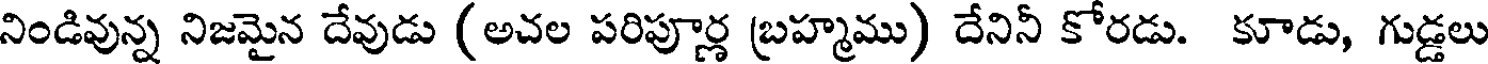
నిండివున్న నిజమైన దేవుడు (అచల పరిపూర్ణ బ్రహ్మము) దేనినీ కోరడు. కూడు, గుడ్డలు